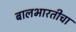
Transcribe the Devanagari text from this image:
बालभारतीचा